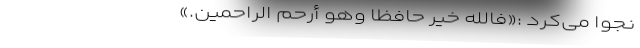
نجوا می‌کرد :«فَاللَّهُ خَیْرٌ حَافِظًا وَهُوَ أَرْحَمُ الرَّاحِمِین.»